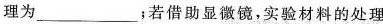
理为___；若借助显微镜，实验材料的处理